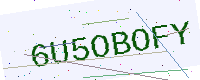
Text: 6U5OBOFY